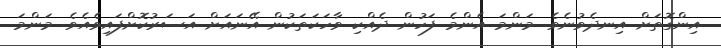
އިންގޮތަށް އިނދެވުނެވެ. މަންމަ އެންމެ ފަހުން ދެއްކި ވާހަކަތަކުން އޭނައަށް އަސަރުކޮށްފައިވެއެވެ. މަންމަ